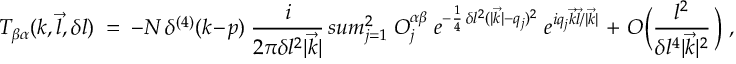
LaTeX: { \cal T } _ { \beta \alpha } ( k , \vec { l } , \delta l ) \ = \ - { \cal N } \, \delta ^ { ( 4 ) } ( k - p ) \ \frac { i } { 2 \pi \delta l ^ { 2 } | \vec { k } | } \, s u m _ { j = 1 } ^ { 2 } \ O _ { j } ^ { \alpha \beta } \ e ^ { - \frac { 1 } { 4 } \, \delta l ^ { 2 } ( | \vec { k } | - q _ { j } ) ^ { 2 } } \ e ^ { i q _ { j } \vec { k } \vec { l } / | \vec { k } | } \ + \ { \cal O } \Big ( \frac { l ^ { 2 } } { \delta l ^ { 4 } | \vec { k } | ^ { 2 } } \, \Big ) \ ,